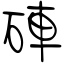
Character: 硨